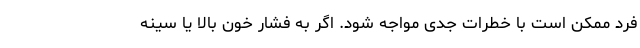
فرد ممکن است با خطرات جدی مواجه شود. اگر به فشار خون بالا یا سینه